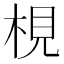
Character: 梘